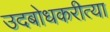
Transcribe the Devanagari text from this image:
उदबोधकरीत्या